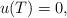
LaTeX: \begin{align*}u(T) =0,\end{align*}